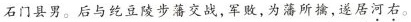
石门县男。后与纥豆陵步藩交战，军败，为藩所擒，遂居河右。